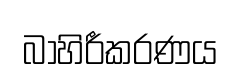
බාහිරීකරණය